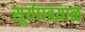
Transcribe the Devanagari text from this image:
सूर्यघडय़ाळ